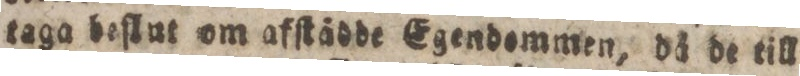
taga beſlut om afſtådde Egendommen, då de till